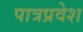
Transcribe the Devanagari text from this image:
पात्रप्रवेश